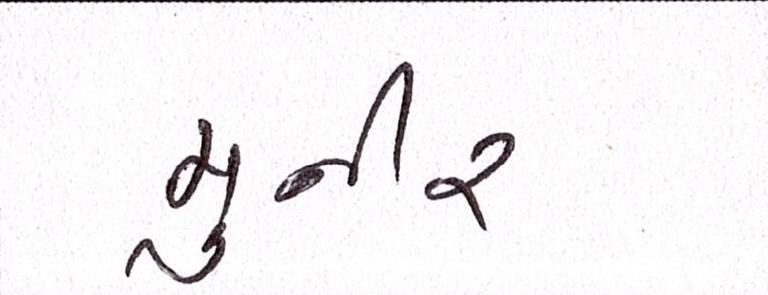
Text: મુનીર